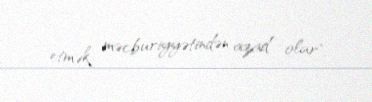
etmək məcburiyyətindən azad olar".